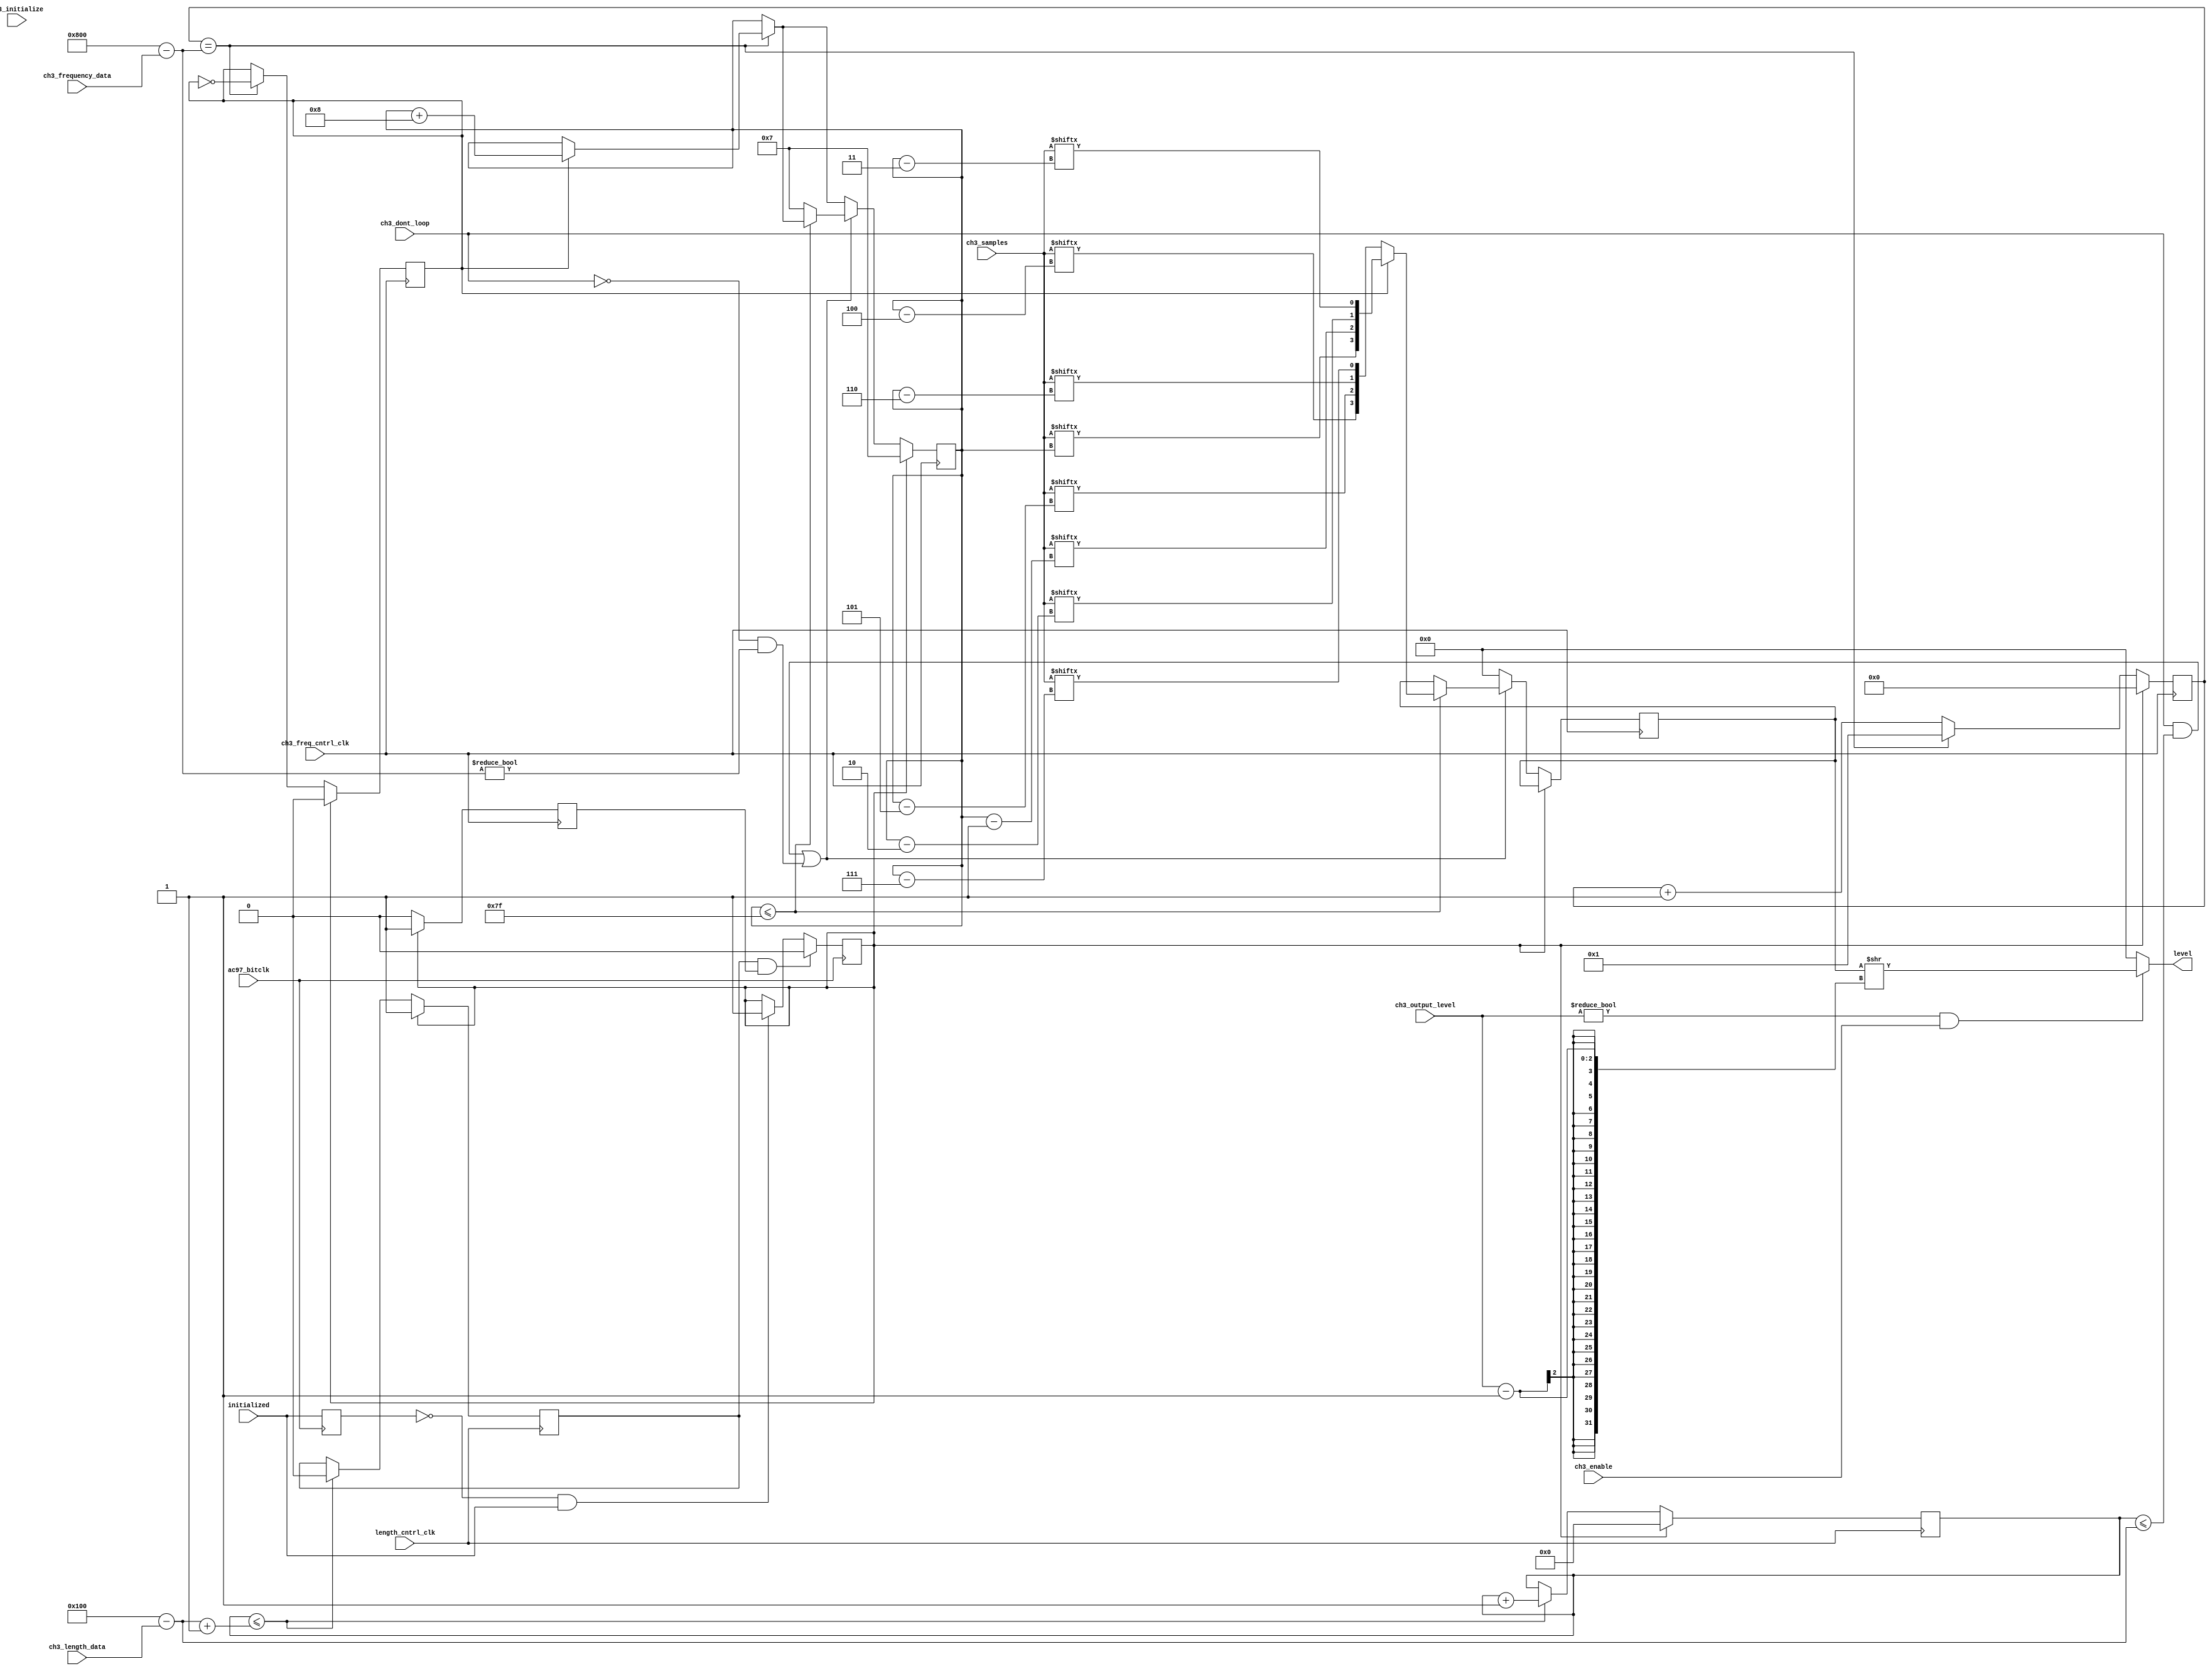
/**
 * sound_functions.v
 * 18-545
 * eob
 * 
 * Creates modules for dealing with the various sound functions
 * e.g. frequency sweep, volume envelope, waveforms and white noise
 * 
 */


/**
 * WaveformPlayer
 * 
 * Plays 32 4-bit samples stored in "memory"
 * Calculates length of sound from 256Hz timer "length_cntrl_clk"
 * Calculates the frequency of samples using "ch3_freq_cntrl_clk"
 * 
 * Plays upper half of byte then lower half of byte.
 * 
 */
module WaveformPlayer (input ac97_bitclk,
		       input ch3_enable,
		       input [7:0] ch3_length_data,
		       input [1:0] ch3_output_level,
		       input ch3_initialize,
		       input ch3_dont_loop,
		       input [10:0] ch3_frequency_data,
		       input [127:0] ch3_samples,
		       input length_cntrl_clk,
		       input ch3_freq_cntrl_clk,
		       input initialized,
		       output reg [3:0] level
		       );
   reg [7:0] 	       index_hi = 8'd7; //MSB of current sample pair
   reg                 upper_half; //whether to play MSBs of sample pair
   wire [8:0] 	       true_len; //# of length_cntrl_clk edges before reset
   reg [8:0] 	       len_counter = 0;
   wire [11:0] 	       true_freq; //# of freq clks before next sample
   reg [11:0] 	       freq_counter = 0;
   reg [3:0] 	       reg_level; //synchronous level

   reg 		       last_initialized, initialized_flag;
   reg 		       length_got, freq_got;   

   // The following numbers are specific to the Gameboy CH 3
   assign true_len = 9'd256 - ch3_length_data;
   assign true_freq = 12'd2048 - ch3_frequency_data;

   always@(posedge ac97_bitclk) begin
      if (last_initialized == 1'b0 && initialized == 1'b1) begin
	 initialized_flag <= 1; //if trigger event occured, reset things
      end
      if (length_got & freq_got) begin
	 initialized_flag <= 0;
      end
      last_initialized <= initialized;
   end

   always@(posedge length_cntrl_clk) begin //play for specified length
      if (initialized_flag) begin
	 len_counter <= 0;
	 length_got <= 1;
      end
      //even if ch3_enable not asserted, still count up
      else if (len_counter <= true_len+1) begin //just past true_len
	 len_counter <= len_counter + 1;
	 length_got <= 0;
      end
   end

   always@(posedge ch3_freq_cntrl_clk) begin
      if (initialized_flag) begin
	 //	 reg_level <= 0;
	 index_hi <= 8'd7;
	 upper_half <= 0;
	 freq_counter <= 0;
	 freq_got <= 1;
      end
      else begin
	 // Change samples at specified frequency
	 if (freq_counter == true_freq) begin
	    if (upper_half) begin
	       index_hi <= index_hi + 8'd8; //play next sample pair
	    end
	    upper_half <= ~upper_half;
	    freq_counter <= 12'b1; //true_freq always >= 1
	 end
	 else begin
	    freq_counter <= freq_counter + 12'b1;
	 end
	 // Play only for specified length
	 if ((ch3_dont_loop && (len_counter <= true_len)) ||
	      ~ch3_dont_loop && true_freq != 0) begin
	    if (index_hi <= 8'd127) begin
	       if (upper_half) begin
		  reg_level <= {ch3_samples[index_hi],ch3_samples[index_hi-1],
				ch3_samples[index_hi-2],
				ch3_samples[index_hi-3]}; //4 bits at a time
	       end
	       else begin
		  reg_level <= {ch3_samples[index_hi-4],ch3_samples[index_hi-5],
				ch3_samples[index_hi-6],
				ch3_samples[index_hi-7]};
	       end
	    end
	    else begin
	       index_hi <= 8'd7; //back to first sample
	    end
	 end
	 else begin //stop output
	    reg_level <= 0;
	 end
	 freq_got <= 0;
      end
   end // always@ (posedge clk)

   always@(*) begin
      //adjust volume
      if (ch3_output_level != 2'b0 && ch3_enable) begin
	 level = (reg_level) >> (ch3_output_level - 1);
      end
      else begin
	 level = 0;
      end
   end
endmodule // WaveformPlayer


/**
 * Square Wave Generator
 * 
 * Generates a square wave at a given frequency for channel 1 and channel 2
 * 
 * Frequency sweep and volume envelope functions are also implemented
 * 
 */
module SquareWave(
                  input        ac97_bitclk,
//                  input        ac97_strobe,
		  input        length_cntrl_clk,
		  input        sweep_cntrl_clk,
		  input        env_cntrl_clk,
		  input        freq_cntrl_clk,
                  input [2:0]  sweep_time,
                  input        sweep_decreasing,
                  input [2:0]  num_sweep_shifts,
                  input [1:0]  wave_duty,
                  input [5:0]  length_data,
                  input [3:0]  initial_volume,
                  input        envelope_increasing,
                  input [2:0]  num_envelope_sweeps,
                  input        initialize,
                  input        dont_loop,
                  input [10:0] frequency_data,
		  input        initialized,
		  output wire [3:0] level
                  );

   wire [8:0] 	       true_len; //# of length_cntrl_clk edges before reset
   reg [8:0] 	       len_counter = 0;
   reg [11:0] 	       true_freq; //rate at which square wave completes cycles
   reg [11:0] 	       freq_counter = 0;
   reg [3:0] 	       reg_level; //controlled by freq controller
   reg [4:0] 	       env_counter = 1;
   reg [3:0] 	       reg_vol; // controlled by volume envelope	       
   reg [3:0] 	       sweep_counter;

   reg 		       last_initialized, initialized_flag;
   reg 		       length_got, freq_got, sweep_got, env_got;
   
   assign true_len = 7'd64 - length_data;
//   assign level = ~initialize? 4'b0 : reg_level; DON'T DO THAT!!!
   assign level = reg_level;

   always@(posedge ac97_bitclk) begin
      if (last_initialized == 1'b0 && initialized == 1'b1) begin
	 initialized_flag <= 1; //if trigger event occured, reset things
      end
      if (length_got & sweep_got & env_got & freq_got) begin
	 initialized_flag <= 0;
      end
      last_initialized <= initialized;
   end
   
   always@(posedge length_cntrl_clk) begin //play for specified length
      if (initialized_flag) begin
	 len_counter <= 0;
	 length_got <= 1;
      end
      else if (len_counter <= true_len+1) begin //just past true_len
	 len_counter <= len_counter + 1;
	 length_got <= 0;
      end
   end

   always@(posedge freq_cntrl_clk) begin
      if (initialized_flag) begin
//	 reg_level <= initial_volume;
	 freq_counter <= 0;
	 freq_got <= 1;
      end
      // Play only for specified length
      else if ((dont_loop && (len_counter <= true_len)) || ~dont_loop &&
	       true_freq != 12'd0 && true_freq <= 12'd2048) begin
	 case (wave_duty)
	   /** NOTE: The PAN Docs are confusing on this point. They seem to
	    *  imply that the % duty cycle is the amount of time the wave
	    *  is LOW. This doesn't make logical sense but I've implemented
	    *  it this way anyway. It matches the emulator so I trust it.
	    */
	   2'd0: begin
	      if (freq_counter == (true_freq>>3)) begin //12.5% duty cycle
		 reg_level <= reg_vol;
		 freq_counter <= freq_counter + 12'd1;
	      end
	      else if (freq_counter >= true_freq) begin
		 reg_level <= 4'h0;
		 freq_counter <= 0;
	      end
	      else begin
		 freq_counter <= freq_counter + 12'b1;
	      end
	   end // case: 2'b0
	   2'd1: begin
	      if (freq_counter == (true_freq>>2)) begin //25% duty cycle
		 reg_level <= reg_vol;
		 freq_counter <= freq_counter + 12'd1;
	      end
	      else if (freq_counter >= true_freq) begin
		 reg_level <= 4'h0;
		 freq_counter <= 0;
	      end
	      else begin
		 freq_counter <= freq_counter + 12'b1;
	      end
	   end // case: 2'b1
	   2'd2: begin
	      if (freq_counter == (true_freq>>1)) begin //50% duty cycle
		 reg_level <= reg_vol;
		 freq_counter <= freq_counter + 12'd1;
	      end
	      else if (freq_counter >= true_freq) begin
		 reg_level <= 4'h0;
		 freq_counter <= 0;
	      end
	      else begin
		 freq_counter <= freq_counter + 12'b1;
	      end
	   end // case: 2'b2
	   2'd3: begin
	      if (freq_counter == (true_freq>>2)) begin //75% duty cycle
		 reg_level <= 4'h0;
		 freq_counter <= freq_counter + 12'd1;
	      end
	      else if (freq_counter >= true_freq) begin
		 reg_level <= reg_vol;
		 freq_counter <= 0;
	      end
	      else begin
		 freq_counter <= freq_counter + 12'b1;
	      end
	   end // case: 2'b3
	 endcase // case (wave_duty)
	 freq_got <= 0;
      end
      else begin //stop output
	 reg_level <= 4'h0;
	 freq_got <= 0;
      end
   end // always@ (posedge freq_cntrl_clk)

   always@ (posedge sweep_cntrl_clk) begin
      if (initialized_flag) begin
	 true_freq <= 12'd2048 - frequency_data;//Gameboy specific
	 sweep_counter <= 4'b1;
	 sweep_got <= 1;
      end
      else begin
	 if (sweep_time==0) begin
	    true_freq <= 12'd2048 - frequency_data;
	    sweep_counter <= 4'b1;
	 end
	 else begin
	    // NOTE: num_sweep shifts is not the number of shifts to perform!!!
	    if (sweep_counter==sweep_time) begin
	       /** NOTE: This is backwards from what I would expect. The sound
		*  increases in frequency when I subtract from true_freq
		*  and decreases when I add. This is strange, but it seems
		*  to work otherwise.
		*/
	       if (~sweep_decreasing) begin
		  if (true_freq >= (true_freq>>num_sweep_shifts)) begin
		     true_freq <= true_freq - (true_freq>>num_sweep_shifts);
		  end
		  else begin
		     true_freq <= 12'd0;
		  end
	       end
	       else begin
		  if (true_freq + (true_freq>>num_sweep_shifts) < 12'd2048)
		    begin
		       true_freq <= true_freq + (true_freq>>num_sweep_shifts);
		    end
		  else begin
		     true_freq <= 12'd0;
		  end
	       end // else: !if(~sweep_decreasing)
	       sweep_counter <= 4'b1;
	    end
	    else begin
	       sweep_counter <= sweep_counter + 4'b1;
	    end
	 end // else: !if(sweep_time==0)
	 sweep_got <= 0;
      end
  end // always@ (posedge sweep_cntrl_clk)
   
   always @(posedge env_cntrl_clk) begin
      if (initialized_flag) begin
	 reg_vol <= initial_volume;
	 env_counter <= 1;
	 env_got <= 1;
      end
      else begin
	 /** NOTE: num_envelope_sweeps is the name given to this signal in
	  *  the PAN Docs, but it is not the number of envelope sweeps.
	  *  Instead it is the number of clocks before we perform another
	  *  sweep. Basically the frequency. Except if it's zero we stop
	  *  the envelope operation, so we only check if it's 1 or greater.
	  */
	 if (num_envelope_sweeps == 3'b0) begin
	    env_counter <= 5'b1;
	 end
	 else if (env_counter == num_envelope_sweeps) begin
	    if (envelope_increasing && reg_vol < 4'hF) begin
	       reg_vol <= reg_vol + 4'b1;
	    end
	    else if (~envelope_increasing && reg_vol > 4'd0) begin
	       reg_vol <= reg_vol - 4'b1;
	    end
	    env_counter <= 1;
	 end // if (env_counter == num_envelope_sweeps)
	 else begin
	    env_counter <= env_counter + 5'b1;
	 end // else: !if(env_counter == num_envelope_sweeps)
	 env_got <= 0;
      end
   end // always @ (posedge env_cntrl_clk)
	 
/*   reg [19:0] 			   strobe_counter = 20'b0;
   
   always @(posedge ac97_strobe) begin
      //essentially divide ac97_strobe by freq
      strobe_counter = strobe_counter + freq;
      if (strobe_counter >= strobe_rate) begin
	 strobe_counter = 20'b0;
      end
//      end
//      else begin
//	 bitclk_counter = bitclk_counter + 1;
//      end
   end

   // amplitude is set as signed 20 bit value.
   // beware of clipping when adding signals together.
   assign sample = ((strobe_counter >= strobe_rate/2) ? 
                    20'b0 : {2'd0, level[3:0], 14'h0});// {1'b1, ~level[3:0], 15'h0}*/
endmodule // SquareWave


/**
 * White Noise Generator
 * 
 * Generates white noise using a random number generator
 * 
 */
/*module WhiteNoise(
//                  input        ac97_bitclk,
//                  input        ac97_strobe,
		  input [5:0]   ch4_length_data,
		  input [3:0]   ch4_initial_volume,
		  input         ch4_envelope_increasing,
		  input [2:0]   ch4_num_envelope_sweeps,
		  input [3:0]   ch4_shift_clock_freq_data,
		  input         ch4_counter_width,
		  input [2:0]   ch4_freq_dividing_ratio,
		  input         ch4_reset,
		  input         ch4_dont_loop,
		  input         length_cntrl_clk,
		  input         env_cntrl_clk,
		  input         freq_cntrl_clk,
		  output wire [3:0] level
                  );
   wire [8:0] 	       true_len; //# of length_cntrl_clk edges before reset
   reg [8:0] 	       len_counter = 0;
   reg [11:0] 	       true_freq; //rate at which square wave completes cycles
   reg [11:0] 	       freq_counter = 0;
   reg [3:0] 	       reg_level; //controlled by freq controller
   reg [4:0] 	       env_counter = 1;
   reg [3:0] 	       reg_vol; // controlled by volume envelope	       
   reg [3:0] 	       sweep_counter, num_sweeps_done, num_env_done;
   
   assign true_len = 7'd64 - ch4_length_data;
   assign level = ch4_reset ? 4'b0 : reg_level;
      
   always@(posedge length_cntrl_clk) begin //play for specified length
      if (ch4_reset) begin
	 len_counter <= 0;
      end
      else if (len_counter <= true_len+1) begin //just past true_len
	 len_counter <= len_counter + 1;
      end
   end

   always@ (posedge freq_cntrl_clk) begin
      if (ch4_reset) begin
	 reg_level <= ch4_initial_volume;
	 freq_counter <= 0;
      end
      // Play only for specified length
      else if ((ch4_dont_loop && (len_counter <= true_len)) || ~ch4_dont_loop &&
	       true_freq != 0) begin
	 
      end
      else begin //stop output
	 reg_level <= 4'h0;
      end
   end // always@ (posedge freq_cntrl_clk)
*/